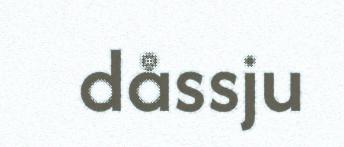
dåssju